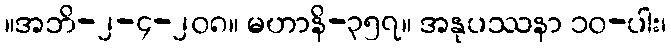
။အဘိ-၂-၄-၂၀၈။ မဟာနိ-၃၅၇။ အနုပဿနာ ၁၀-ပါး၊